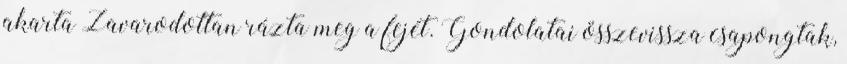
akarta Zavarodottan rázta meg a fejét. Gondolatai összevissza csapongtak,